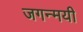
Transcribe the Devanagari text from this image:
जगन्मयी